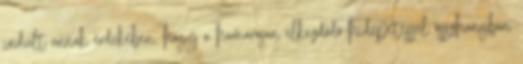
indult annak érdekében, hogy a hamarosan elkezdődő hídépítéssel összhangban